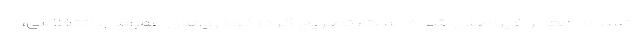
انسداد معابر غیراصلی شده است، تصریح کرد: خودروهای عمومی، انتظامی،